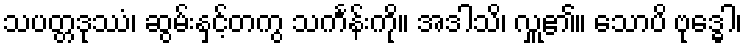
သပတ္တဒုဿံ၊ ဆွမ်းနှင့်တကွ သင်္ကန်းကို။ အဒါသိ၊ လှူ၏။ သောပိ ဗုဒ္ဓေါ၊